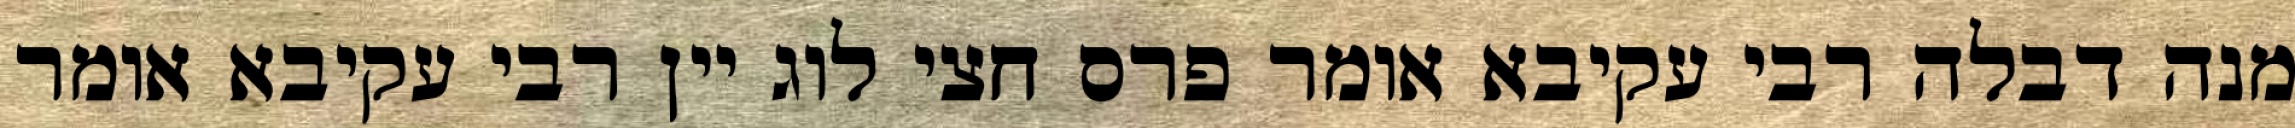
מנה דבלה רבי עקיבא אומר פרס חצי לוג יין רבי עקיבא אומר